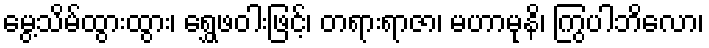
မွေ့သိမ်ထွားထွား၊ ရွှေဖဝါးဖြင့်၊ တရားရာဇာ၊ မဟာမုနိ၊ ကြွပါဘိလော၊